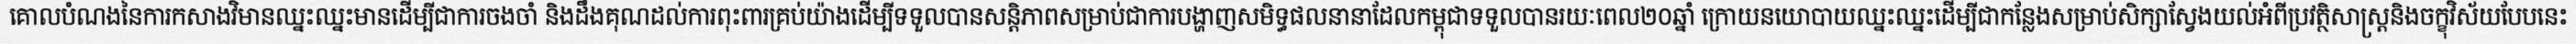
គោលបំណងនៃការកសាងវិមានឈ្នះឈ្នះមានដើម្បីជាការចងចាំ និងដឹងគុណដល់ការពុះពារគ្រប់យ៉ាងដើម្បីទទួលបានសន្តិភាពសម្រាប់ជាការបង្ហាញសមិទ្ធផលនានាដែលកម្ពុជាទទួលបានរយៈពេល២០ឆ្នាំ ក្រោយនយោបាយឈ្នះឈ្នះដើម្បីជាកន្លែងសម្រាប់សិក្សាស្វែងយល់អំពីប្រវត្ថិសាស្ត្រនិងចក្ខុវិស័យបែបនេះ